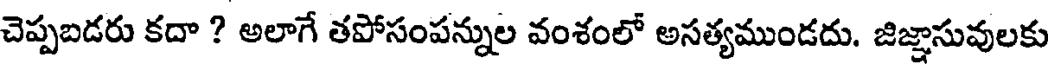
చెప్పబడరు కదా ? అలాగే తపోసంపన్నుల వంశంలో అసత్యముండదు. జిజ్ఞాసువులకు